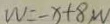
W = - x + 8 W